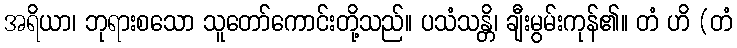
အရိယာ၊ ဘုရားစသော သူတော်ကောင်းတို့သည်။ ပသံသန္တိ၊ ချီးမွမ်းကုန်၏။ တံ ဟိ (တံ